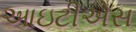
આઇટીએસ